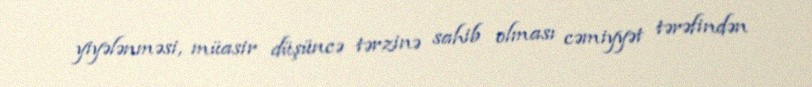
yiyələnməsi, müasir düşüncə tərzinə sahib olması cəmiyyət tərəfindən